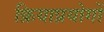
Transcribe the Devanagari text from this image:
क्रियाप्रयोगों